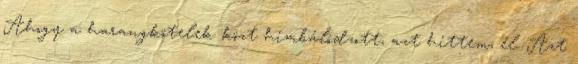
Ahogy a harangkötelek közt himbálódzott, azt hittem, él. Azt